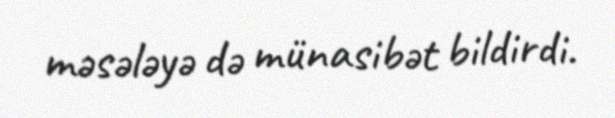
məsələyə də münasibət bildirdi.